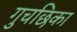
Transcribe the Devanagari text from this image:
गुचछिका